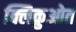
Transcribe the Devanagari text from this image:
क्लिक़ुओत